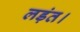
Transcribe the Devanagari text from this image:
लड़ंत।